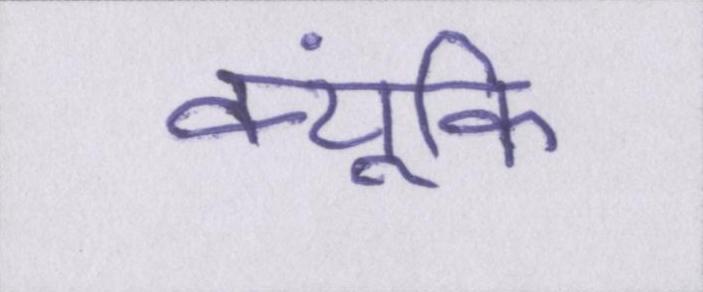
क्यूंकि